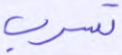
تسرب